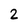
Character: 2